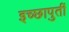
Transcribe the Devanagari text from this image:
इच्छापुर्ती